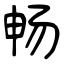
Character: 畅